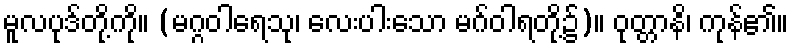
မူလပုဒ်တို့ကို။ (မဂ္ဂဝါရေသု၊ လေးပါးသော မဂ်ဝါရတို့၌)။ ဝုတ္တာနိ၊ ကုန်၏။